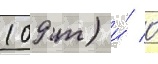
109 т) и́ 0